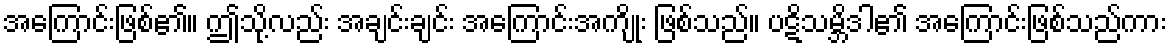
အကြောင်းဖြစ်၏။ ဤသို့လည်း အချင်းချင်း အကြောင်းအကျိုး ဖြစ်သည်။ ပဋိသမ္ဘိဒါ၏ အကြောင်းဖြစ်သည်ကား